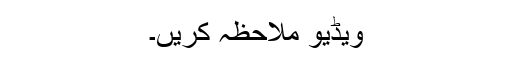
ویڈیو ملاحظہ کریں۔